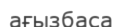
ағызбаса